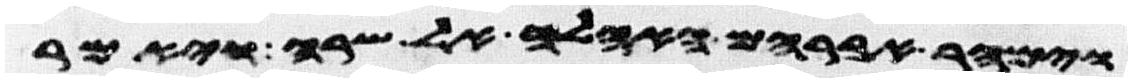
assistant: וימהר אברהם האהלה אל שרה ויאמר